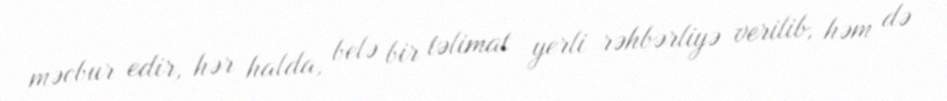
məcbur edir, hər halda, belə bir təlimat yerli rəhbərliyə verilib, həm də